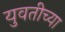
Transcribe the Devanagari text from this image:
युवतीच्या